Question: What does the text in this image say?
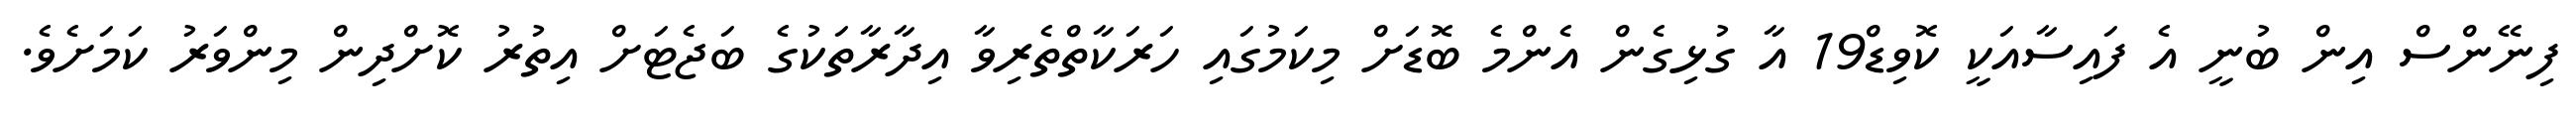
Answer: ފިނޭންސް އިން ބުނީ އެ ފައިސާއަކީ ކޮވިޑް19 އާ ގުޅިގެން އެންމެ ބޮޑަށް މިކަމުގައި ހަރަކާތްތެރިވާ އިދާރާތަކުގެ ބަޖެޓަށް އިތުރު ކޮށްދިން މިންވަރު ކަމަށެވެ.